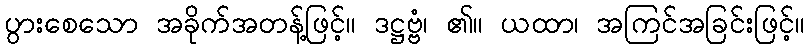
ပွားစေသော အခိုက်အတန့်ဖြင့်။ ဒဋ္ဌဗ္ဗံ၊ ၏။ ယထာ၊ အကြင်အခြင်းဖြင့်။